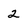
Character: 2